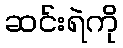
ဆင်းရဲကို